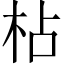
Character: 枮